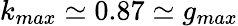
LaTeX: k_{max}\simeq 0.87\simeq g_{max}